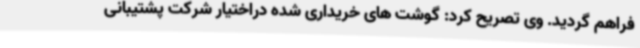
فراهم گردید. وی تصریح کرد: گوشت های خریداری شده دراختیار شرکت پشتیبانی